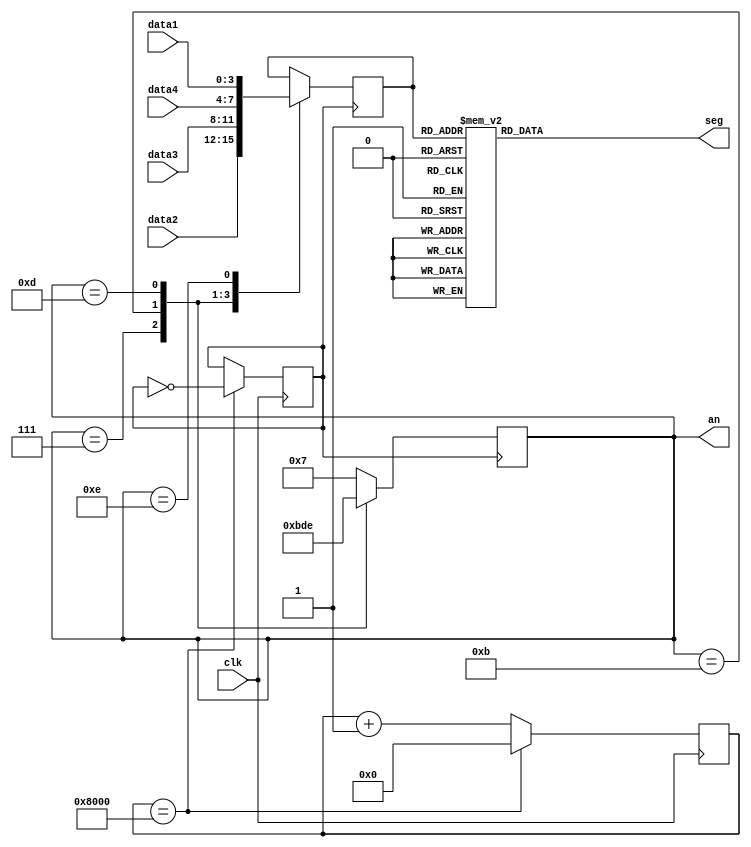
`timescale 1ns / 1ps
//////////////////////////////////////////////////////////////////////////////////
// Company: 
// Engineer: 
// 
// Design Name: 
// Module Name:    Digitron 
// Project Name: 
// Target Devices: 
// Tool versions: 
// Description: 
//
// Dependencies: 
//
// Revision: 
// Revision 0.01 - File Created
// Additional Comments: 
//
//////////////////////////////////////////////////////////////////////////////////
module Digitron(
	 input clk,
    input [3:0]data1,
    input [3:0]data2,
    input [3:0]data3,
    input [3:0]data4,
    output reg [6:0]seg,
	 output reg [3:0]an
    );

reg clk3;
reg [15:0]cnt=0;
reg [3:0]data;

always@(posedge clk)
begin
if(cnt==16'b1000_0000_0000_0000) 
	 begin
		 clk3<=~clk3;
		 cnt<=16'b0;
	 end
	 else
		 cnt<=cnt+16'b1;
end

always@(posedge clk3)
begin
	case(an[3:0])
		4'b0111:	
		begin
			data=data2;
			an=4'b1011;
		end
		4'b1011:
		begin
			data=data3;
			an=4'b1101;
		end
		4'b1101:
		begin
			data=data4;
			an=4'b1110;
		end
		4'b1110:
		begin
			data=data1;
			an=4'b0111;
		end
		default:
			an=4'b0111;
	endcase
end

always@(data)
begin
	case(data)
		4'h1:seg=7'b1111001;
		4'h2:seg=7'b0100100;
		4'h3:seg=7'b0110000;
		4'h4:seg=7'b0011001;
		4'h5:seg=7'b0010010;
		4'h6:seg=7'b0000010;
		4'h7:seg=7'b1111000;
		4'h8:seg=7'b0000000;
		4'h9:seg=7'b0011000;
		4'ha:seg=7'b0001000;
		4'hb:seg=7'b0000011;
		4'hc:seg=7'b1000110;
		4'hd:seg=7'b0100001;
		4'he:seg=7'b0000110;
		4'hf:seg=7'b0001110;
		default:seg=7'b1000000;
	endcase
end

endmodule